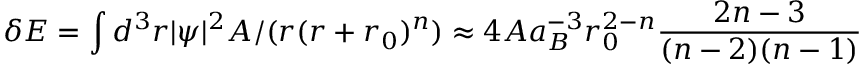
\delta E = \int d ^ { 3 } r | \psi | ^ { 2 } A / ( r ( r + r _ { 0 } ) ^ { n } ) \approx 4 A a _ { B } ^ { - 3 } r _ { 0 } ^ { 2 - n } \frac { 2 n - 3 } { ( n - 2 ) ( n - 1 ) }